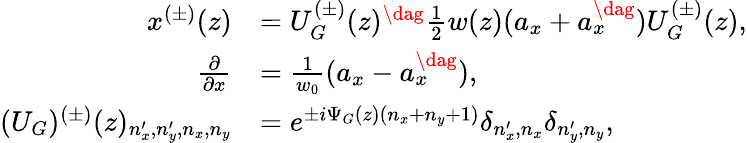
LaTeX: \begin{array}{rl}{x^{(\pm)}(z)}&{=U_{G}^{(\pm)}(z)^{\dag}\frac{1}{2}w(z)(a_{x}+a_{x}^{\dag})U_{G}^{(\pm)}(z),}\\ {\frac{\partial}{\partial x}}&{=\frac{1}{w_{0}}(a_{x}-a_{x}^{\dag}),}\\ {(U_{G})^{(\pm)}(z)_{n_{x}^{\prime},n_{y}^{\prime},n_{x},n_{y}}}&{=e^{\pm i\Psi_{G}(z)(n_{x}+n_{y}+1)}\delta_{n_{x}^{\prime},n_{x}}\delta_{n_{y}^{\prime},n_{y}},}\end{array}